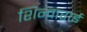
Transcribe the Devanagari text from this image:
शिन्वाराई